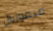
ميموريال